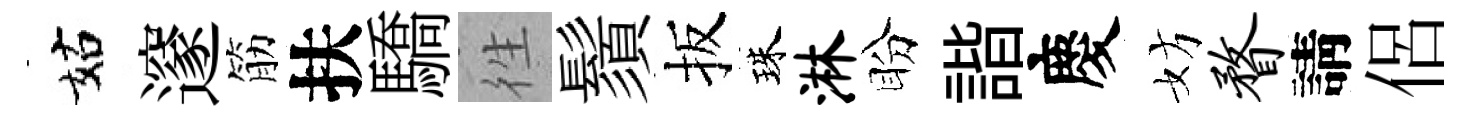
姑邃筋扶驕徃鬚扳珠淋盼諧慶妨瞀請侶